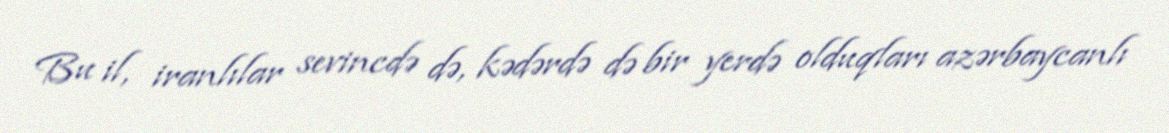
Bu il, iranlılar sevincdə də, kədərdə də bir yerdə olduqları azərbaycanlı